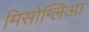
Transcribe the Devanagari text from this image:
मिसोग्लिआ